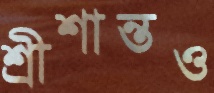
শ্রীশান্তও